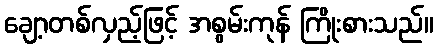
ချော့တစ်လှည့်ဖြင့် အစွမ်းကုန် ကြိုးစားသည်။